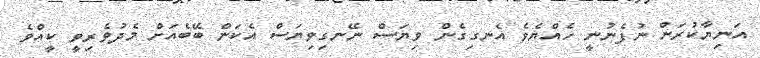
އަނިޔާކުރަން ނުފެނުނީ ހެއްޔެވެ އެނގިގެން ވިޔަސް ނޭނގިވިޔަސް އެކަން ބޭބެއަށް މެދުވެރިވީ ކީއްވެ